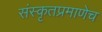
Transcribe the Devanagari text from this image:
संस्कृतप्रमाणेच